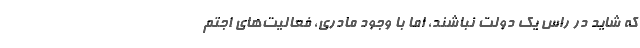
که شاید در راس یک دولت نباشند، اما با وجود مادری، فعالیت‌های اجتم